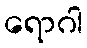
ရောဂါ